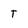
Character: T